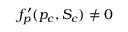
f _ { p } ^ { \prime } ( p _ { c } , S _ { c } ) \neq 0